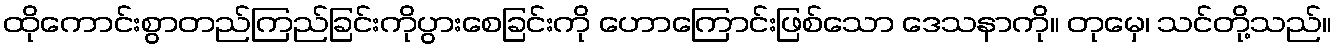
ထိုကောင်းစွာတည်ကြည်ခြင်းကိုပွားစေခြင်းကို ဟောကြောင်းဖြစ်သော ဒေသနာကို။ တုမှေ၊ သင်တို့သည်။